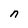
Character: n